Treatise on elephants
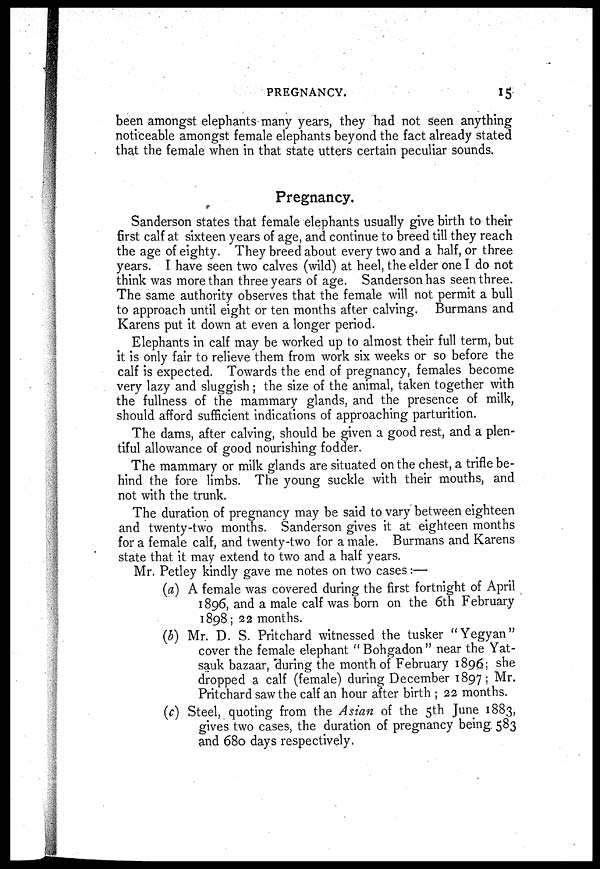
PREGNANCY.
15
been amongst elephants many years, they had not seen anything
noticeable amongst female elephants beyond the fact already stated
that the female when in that state utters certain peculiar sounds.
Pregnancy.
Sanderson states that female elephants usually give birth to their
first calf at sixteen years of age, and continue to breed till they reach
the age of eighty. They breed about every two and a half, or three
years. I have seen two calves (wild) at heel, the elder one I do not
think was more than three years of age. Sanderson has seen three.
The same authority observes that the female will not permit a bull
to approach until eight or ten months after calving. Burmans and
Karens put it down at even a longer period.
Elephants in calf may be worked up to almost their full term, but
it is only fair to relieve them from work six weeks or so before the
calf is expected. Towards the end of pregnancy, females become
very lazy and sluggish; the size of the animal, taken together with
the fullness of the mammary glands, and the presence of milk,
should afford sufficient indications of approaching parturition.
The dams, after calving, should be given a good rest, and a plen-
tiful allowance of good nourishing fodder.
The mammary or milk glands are situated on the chest, a trifle be-
hind the fore limbs. The young suckle with their mouths, and
not with the trunk.
The duration of pregnancy may be said to vary between eighteen
and twenty-two months. Sanderson gives it at eighteen months
for a female calf, and twenty-two for a male. Burmans and Karens
state that it may extend to two and a half years.
Mr. Petley kindly gave me notes on two cases:—
(a) A female was covered during the first fortnight of April
1896, and a male calf was born on the 6th February
1898; 22 months.
(b) Mr. D. S. Pritchard witnessed the tusker "Yegyan"
cover the female elephant "Bohgadon" near the Yat-
sauk bazaar, during the month of February 1896; she
dropped a calf (female) during December 1897; Mr.
Pritchard saw the calf an hour after birth ; 22 months.
(c) Steel, quoting from the Asian of the 5th June 1883,
gives two cases, the duration of pregnancy being. 583
and 680 days respectively.